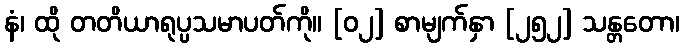
နံ၊ ထို တတိယာရုပ္ပသမာပတ်ကို။ [၀၂] စာမျက်နှာ [၂၅၂] သန္တတော၊